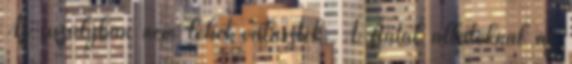
Az uszályban nem lehet választék. A fiatal állatoknál az